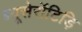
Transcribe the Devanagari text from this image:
ब्यूसेरॉटिड़ि